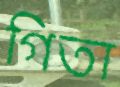
গিতা